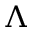
\Lambda